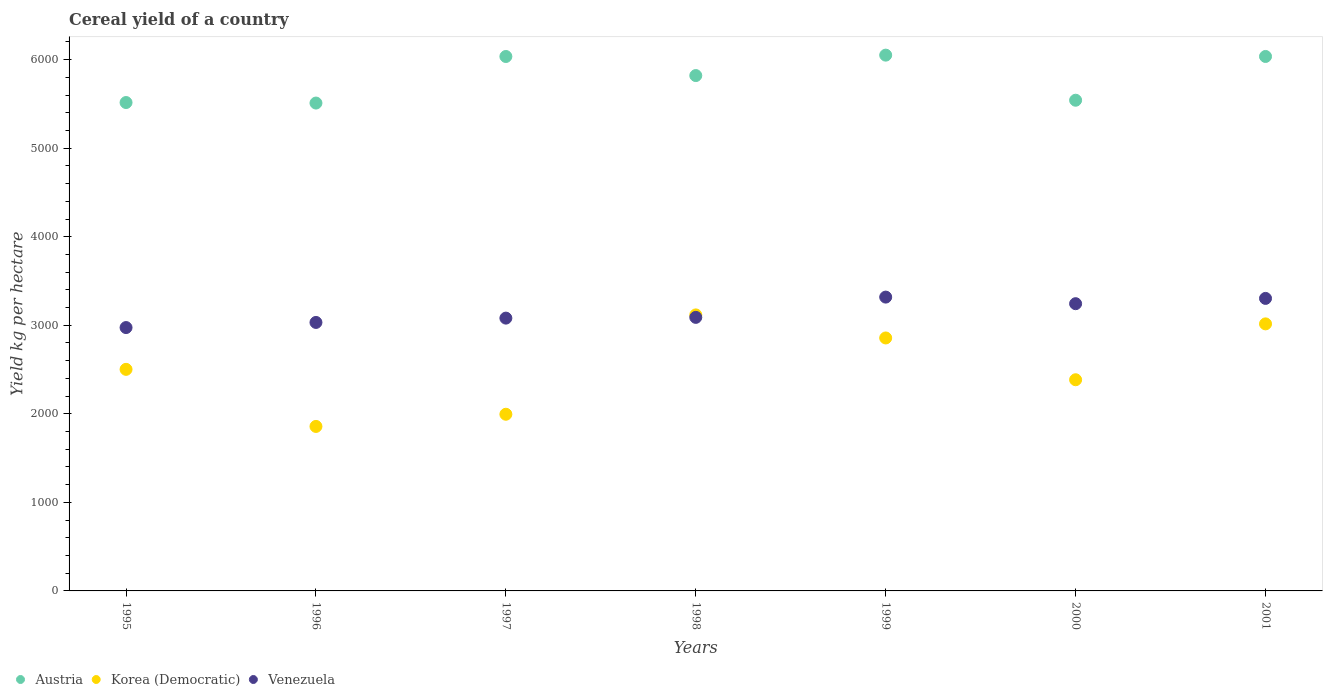
| Years | Austria | Korea (Democratic) | Venezuela |
 | --- | --- | --- | --- |
 | 1995 | 5.52e+03 | 2.5e+03 | 2.97e+03 |
 | 1996 | 5.51e+03 | 1.86e+03 | 3.03e+03 |
 | 1997 | 6.04e+03 | 2e+03 | 3.08e+03 |
 | 1998 | 5.82e+03 | 3.12e+03 | 3.09e+03 |
 | 1999 | 6.05e+03 | 2.86e+03 | 3.32e+03 |
 | 2000 | 5.54e+03 | 2.38e+03 | 3.24e+03 |
 | 2001 | 6.04e+03 | 3.02e+03 | 3.3e+03 |